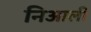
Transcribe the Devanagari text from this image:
निआली